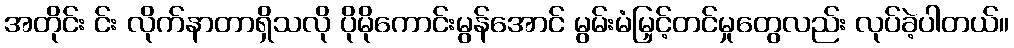
အတိုင်း င်း လိုက်နာတာရှိသလို ပိုမိုကောင်းမွန်အောင် မွမ်းမံမြှင့်တင်မှုတွေလည်း လုပ်ခဲ့ပါတယ်။